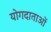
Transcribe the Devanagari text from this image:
योगदाताओं